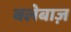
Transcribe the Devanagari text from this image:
बलेबाज़